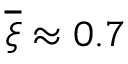
\overline { { \xi } } \approx 0 . 7